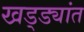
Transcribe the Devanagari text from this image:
खड्ड्यांत